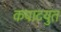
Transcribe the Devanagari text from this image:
कपाटयुत